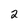
Character: 2